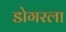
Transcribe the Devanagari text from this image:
डोगरला